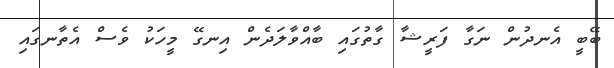
ބޭބީ އެނދުން ނަގާ ފަރީޝާ ގާތުގައި ބާއްވާލަދެން އިނގޭ މީހަކު ވެސް އެތާނގައި